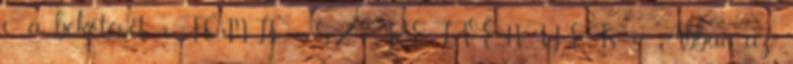
c a bekötését, 9. TÖMLÕ SZERELVÉNYEK. 9.1. Abban az